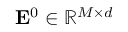
\mathbf { E } ^ { 0 } \in \mathbb { R } ^ { M \times d }